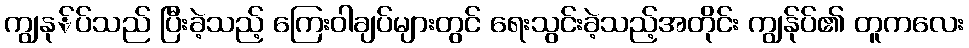
ကျွနု်ပ်သည် ပြီးခဲ့သည့် ကြေးဝါချပ်များတွင် ရေးသွင်းခဲ့သည့်အတိုင်း ကျွနု်ပ်၏ တူကလေး